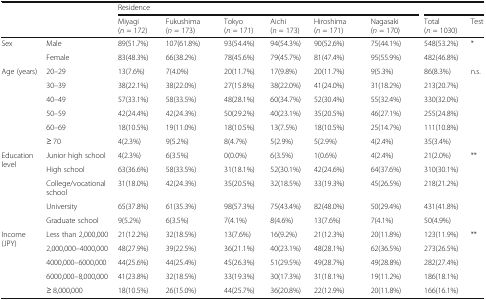
<table><thead><tr><td colspan="2" rowspan="2">[EMPTY_CELL]</td><td colspan="6"><b>Residence</b></td><td colspan="2">[EMPTY_CELL]</td></tr><tr><td><b>Miyagi (<i>n</i> = 172)</b></td><td><b>Fukushima (<i>n</i> = 173)</b></td><td><b>Tokyo (<i>n</i> = 171)</b></td><td><b>Aichi (<i>n</i> = 173)</b></td><td><b>Hiroshima (<i>n</i> = 171)</b></td><td><b>Nagasaki (<i>n</i> = 170)</b></td><td><b>Total (<i>n</i> = 1030)</b></td><td><b>Test</b></td></tr></thead><tbody><tr><td rowspan="2">Sex</td><td>Male</td><td>89(51.7%)</td><td>107(61.8%)</td><td>93(54.4%)</td><td>94(54.3%)</td><td>90(52.6%)</td><td>75(44.1%)</td><td>548(53.2%)</td><td rowspan="2">*</td></tr><tr><td>Female</td><td>83(48.3%)</td><td>66(38.2%)</td><td>78(45.6%)</td><td>79(45.7%)</td><td>81(47.4%)</td><td>95(55.9%)</td><td>482(46.8%)</td></tr><tr><td rowspan="6">Age (years)</td><td>20–29</td><td>13(7.6%)</td><td>7(4.0%)</td><td>20(11.7%)</td><td>17(9.8%)</td><td>20(11.7%)</td><td>9(5.3%)</td><td>86(8.3%)</td><td rowspan="6">n.s.</td></tr><tr><td>30–39</td><td>38(22.1%)</td><td>38(22.0%)</td><td>27(15.8%)</td><td>38(22.0%)</td><td>41(24.0%)</td><td>31(18.2%)</td><td>213(20.7%)</td></tr><tr><td>40–49</td><td>57(33.1%)</td><td>58(33.5%)</td><td>48(28.1%)</td><td>60(34.7%)</td><td>52(30.4%)</td><td>55(32.4%)</td><td>330(32.0%)</td></tr><tr><td>50–59</td><td>42(24.4%)</td><td>42(24.3%)</td><td>50(29.2%)</td><td>40(23.1%)</td><td>35(20.5%)</td><td>46(27.1%)</td><td>255(24.8%)</td></tr><tr><td>60–69</td><td>18(10.5%)</td><td>19(11.0%)</td><td>18(10.5%)</td><td>13(7.5%)</td><td>18(10.5%)</td><td>25(14.7%)</td><td>111(10.8%)</td></tr><tr><td>≥ 70</td><td>4(2.3%)</td><td>9(5.2%)</td><td>8(4.7%)</td><td>5(2.9%)</td><td>5(2.9%)</td><td>4(2.4%)</td><td>35(3.4%)</td></tr><tr><td rowspan="5">Education level</td><td>Junior high school</td><td>4(2.3%)</td><td>6(3.5%)</td><td>0(0.0%)</td><td>6(3.5%)</td><td>1(0.6%)</td><td>4(2.4%)</td><td>21(2.0%)</td><td rowspan="5">**</td></tr><tr><td>High school</td><td>63(36.6%)</td><td>58(33.5%)</td><td>31(18.1%)</td><td>52(30.1%)</td><td>42(24.6%)</td><td>64(37.6%)</td><td>310(30.1%)</td></tr><tr><td>College/vocational school</td><td>31(18.0%)</td><td>42(24.3%)</td><td>35(20.5%)</td><td>32(18.5%)</td><td>33(19.3%)</td><td>45(26.5%)</td><td>218(21.2%)</td></tr><tr><td>University</td><td>65(37.8%)</td><td>61(35.3%)</td><td>98(57.3%)</td><td>75(43.4%)</td><td>82(48.0%)</td><td>50(29.4%)</td><td>431(41.8%)</td></tr><tr><td>Graduate school</td><td>9(5.2%)</td><td>6(3.5%)</td><td>7(4.1%)</td><td>8(4.6%)</td><td>13(7.6%)</td><td>7(4.1%)</td><td>50(4.9%)</td></tr><tr><td rowspan="5">Income (JPY)</td><td>Less than 2,000,000</td><td>21(12.2%)</td><td>32(18.5%)</td><td>13(7.6%)</td><td>16(9.2%)</td><td>21(12.3%)</td><td>20(11.8%)</td><td>123(11.9%)</td><td rowspan="5">**</td></tr><tr><td>2,000,000–4000,000</td><td>48(27.9%)</td><td>39(22.5%)</td><td>36(21.1%)</td><td>40(23.1%)</td><td>48(28.1%)</td><td>62(36.5%)</td><td>273(26.5%)</td></tr><tr><td>4000,000–6000,000</td><td>44(25.6%)</td><td>44(25.4%)</td><td>45(26.3%)</td><td>51(29.5%)</td><td>49(28.7%)</td><td>49(28.8%)</td><td>282(27.4%)</td></tr><tr><td>6000,000–8,000,000</td><td>41(23.8%)</td><td>32(18.5%)</td><td>33(19.3%)</td><td>30(17.3%)</td><td>31(18.1%)</td><td>19(11.2%)</td><td>186(18.1%)</td></tr><tr><td>≥ 8,000,000</td><td>18(10.5%)</td><td>26(15.0%)</td><td>44(25.7%)</td><td>36(20.8%)</td><td>22(12.9%)</td><td>20(11.8%)</td><td>166(16.1%)</td></tr></tbody></table>